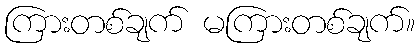
ကြားတစ်ချက် မကြားတစ်ချက်။